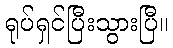
ရုပ်ရှင်ပြီးသွားပြီ။